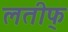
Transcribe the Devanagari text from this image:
लतीफ्